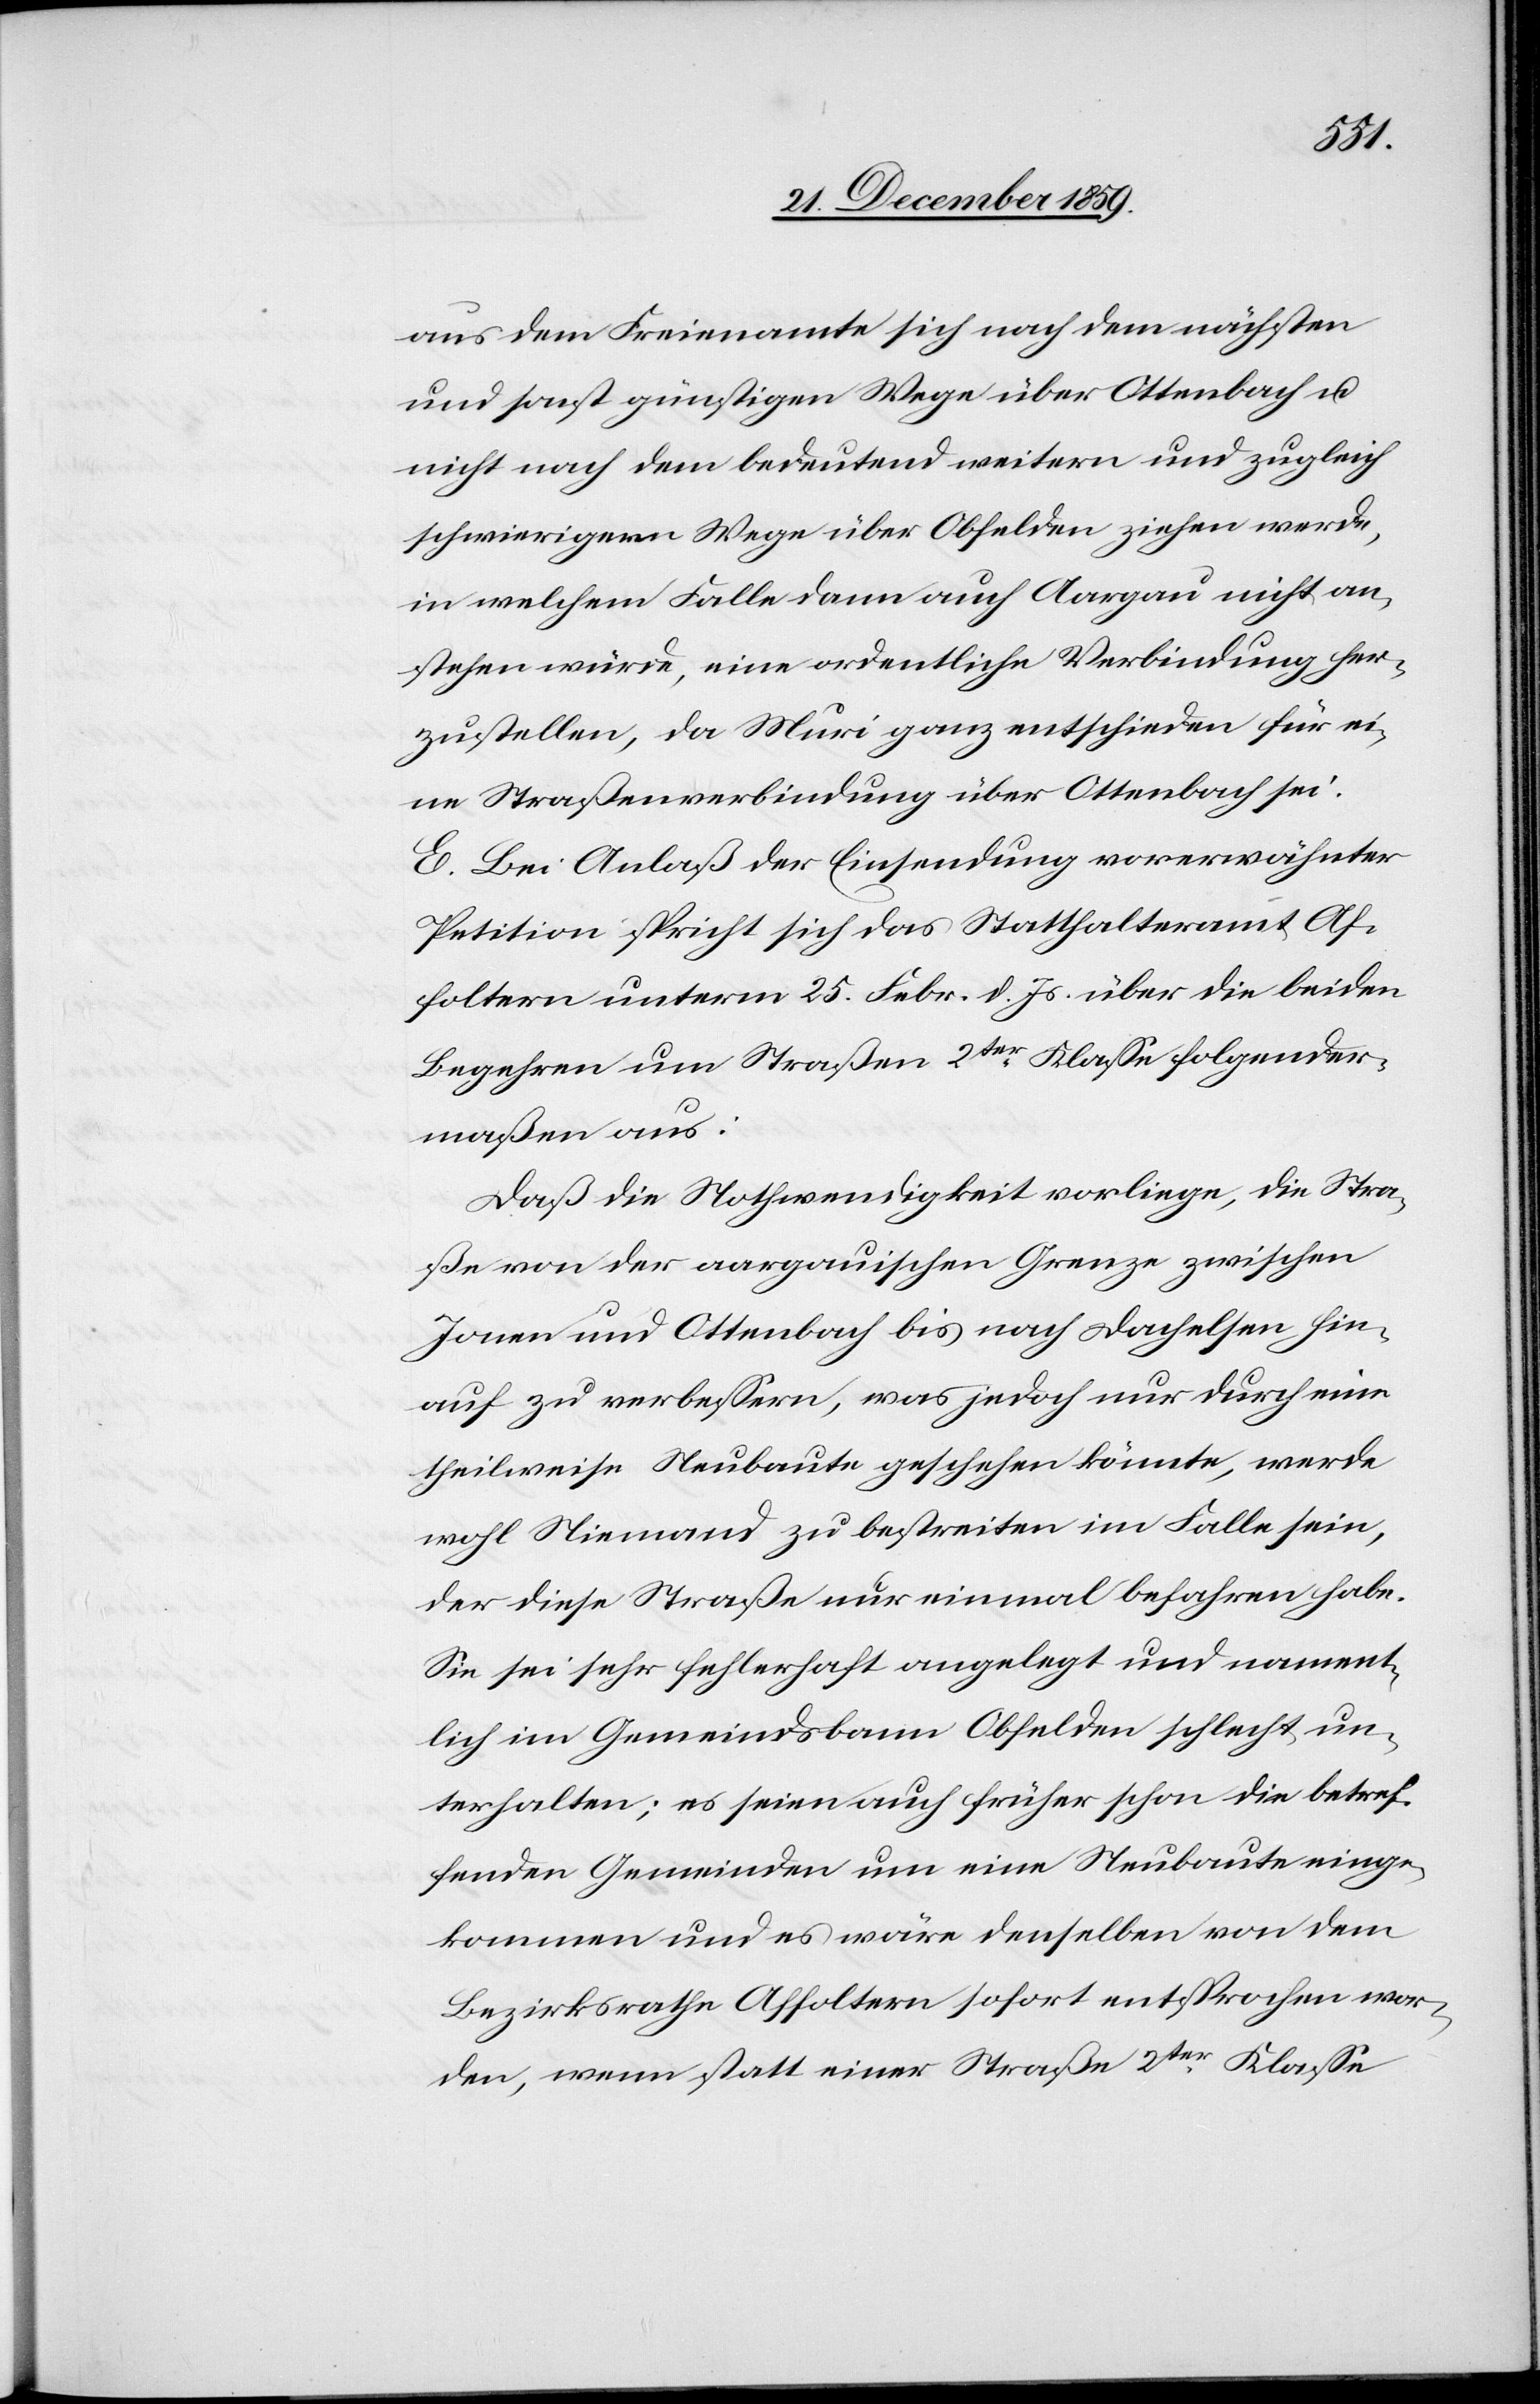
aus dem Freienamte sich nach dem nächsten
und sonst günstigen Wege über Ottenbach u.
nicht nach dem bedeutend weitern und zugleich
schwierigern Wege über Obfelden ziehen werde,
in welchem Falle dann auch Aargau nicht an¬
stehen würde, eine ordentliche Verbindung her¬
zustellen, da Muri ganz entschieden für ei¬
ne Straßenverbindung über Ottenbach sei.
E. Bei Anlaß der Einsendung vorerwähnter
Petition spricht sich das Statthalteramt Af¬
foltern unterm 25. Febr. d. Js. über die beiden
Begehren um Straßen 2ter Klasse folgender¬
maßen aus:
Daß die Nothwendigkeit vorliege, die Stra¬
ßen von der aargauischen Grenze zwischen
Jonen und Ottenbach bis nach Dachelsen hin¬
auf zu verbessern, was jedoch nur durch eine
theilweise Neubaute geschehen könnte, werde
wohl Niemand zu bestreiten im Falle sein,
der diese Straße nur einmal befahren habe.
Sie sei sehr fehlerhaft angelegt und nament¬
lich im Gemeindsbann Obfelden schlecht un¬
terhalten; es seien auch früher schon die betref¬
fenden Gemeinden um eine Neubaute einge¬
kommen und es wäre denselben von dem
Bezirksrathe Affoltern sofort entsprochen wor¬
den, wenn statt einer Straße 2ter Klasse